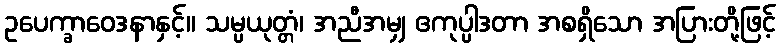
ဥပေက္ခာဝေဒနာနှင့်။ သမ္ပယုတ္တံ၊ အညီအမျှ ဧကုပ္ပါဒတာ အစရှိသော အပြားတို့ဖြင့်